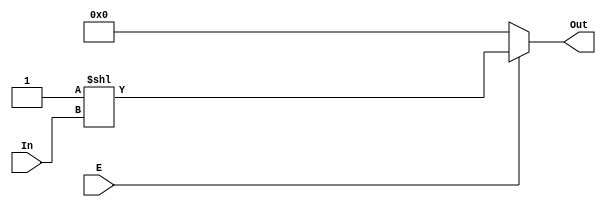
module decoder(E , In , Out); //
input E;
input [2:0] In; //2
output[7:0] Out;//8
wire [7:0]  Out;//
assign Out  =E ? (8'b1 << In) : 8'h0;//E = 1  -->In,E = 0 out all0

endmodule